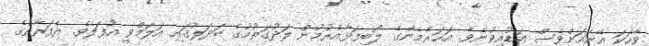
ވާހަކަ އޭނައަށްވެސް އަޑުއިވުނެވެ. އަހަރެމެންގެ ލޯބިފަޅާއެރުމުން ލަދުގަތުމުގެ ބަދަލުގައި އަލަމްވީ އުފަލެވެ. ދެފަރާތުގެ